Report on malaria in the Punjab during the year ...  together with an account of the work of the Punjab Malaria Bureau - Volume 6
Disease focus: Malaria
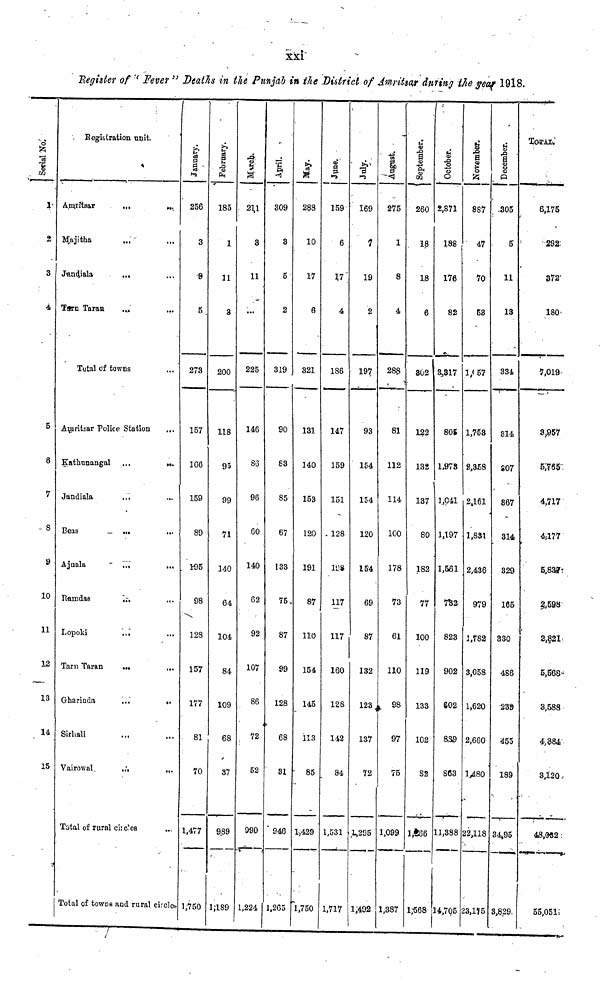
XXi
Register of "Fever" Deaths in the Punjab in the District of Amritsar during the year 1918.
Serial No.
1
2
3
4
5
6
7
8
9
10
11
12
13
14
15
Registration unit.
Amritsar
Majitha
Jandiala
Tarn Taran
...
...
...
...
Total of towns
Amritsar Police Station
Kathunangal
Jandiala
Beas
Ajnala
Ramdas
Lopoki
Tarn Taran
Gharinda
Sirhali
Vairowal
...
...
...
...
...
...
...
...
...
...
Total of rural circles
.....
...
...
...
...
...
...
...
...
...
...
...
...
....
...
...
...
Total of towns and rural circle
January.
256
3
9
5
273
157
166
159
89
195
98
128
157
177
81
70
1,477
1,750
February.
185
1
11
3
200
118
95
99
71
140
64
104
84
109
68
37
989
1,189
March.
211
3
11
...
225
146
S3
96
60
140
62
92
107
86
72
52
999
1,224
Aprial
309
3
5
2
319
90
83
85
67
133
75
87
99
128
68
31
946
1,265
May
288
10
17
6
321
131
140
153
120
191
87
110
154
145
113
85
1,429
1,750
June.
159
6
17
4
186
147
159
151
128
198
117
117
160
128
142
84
1,531
1,717
July.
169
1
19
2
197
93
154
154
120
154
69
87
132
123
137
72
1,295
1,492
August.
275
1
8
4
288
81
112
114
100
178
73
61
110
98
97
75
1,099
1,387
September.
260
18
18
6
302
122
132
137
80
182
77
100
119
133
102
82
1,266
1,568
October.
2,871
188
176
82
3,317
805
1,973
1,041
1,197
1,561
732
823
902
602
889
863
11,388
14,705
November.
887
47
70
53
1,157
1,753
2,358
2,161
1,831
2,436
979
1,782
3,058
1,620
2,660
1,480
22,118
23,175
December.
305
5
11
13
334
314
807
867
314
3329
105
330
466
239
455
189
34,95
3,829
TOTAL..
6,175
292
372
180
7,019
3,957
5,765
4,717
4,177
5,837
2,598
3,821
5,568
3,588
4,884,
3,120
4.8,032
55,051: